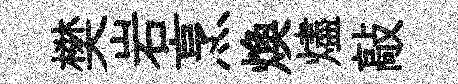
樊岩烹煥燼敲